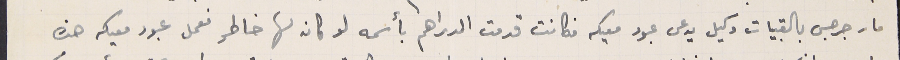
مار جرجس بالقبيات وكيل يدعى عبود معيكه فكانت قدمت الدراهم بأسمه لو كان لها خاطر نعمل عبود معيكه هذه